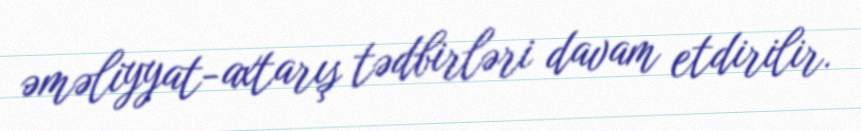
əməliyyat-axtarış tədbirləri davam etdirilir.